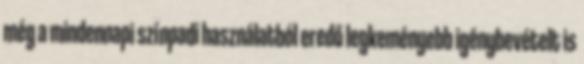
még a mindennapi színpadi használatból eredő legkeményebb igénybevételt is